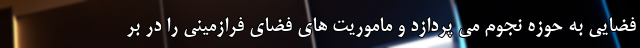
فضایی به حوزه نجوم می پردازد و ماموریت های فضای فرازمینی را در بر